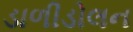
ડાળીડોલન